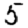
Digit: 5